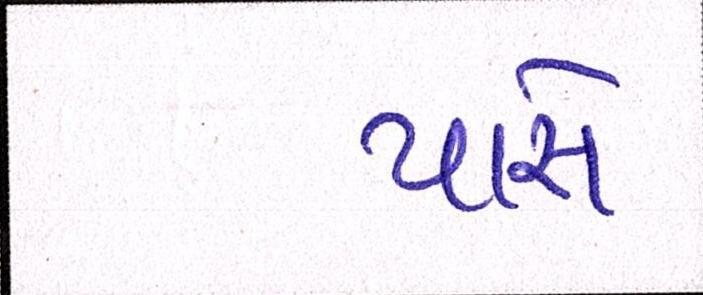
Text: પારો